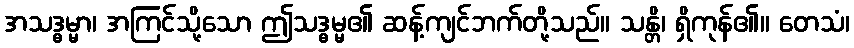
အသဒ္ဓမ္မာ၊ အကြင်သို့သော ဤသဒ္ဓမ္မ၏ ဆန့်ကျင်ဘက်တို့သည်။ သန္တိ၊ ရှိကုန်၏။ တေသံ၊